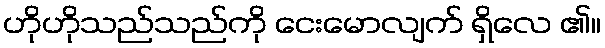
ဟိုဟိုသည်သည်ကို ငေးမောလျက် ရှိလေ ၏။